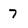
Character: 7